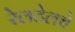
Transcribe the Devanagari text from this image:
रेलटेलचे